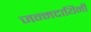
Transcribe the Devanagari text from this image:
जन्मदायिनी